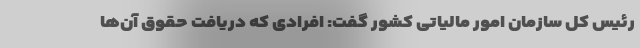
رئیس کل سازمان امور مالیاتی کشور گفت: افرادی که دریافت حقوق آن‌ها